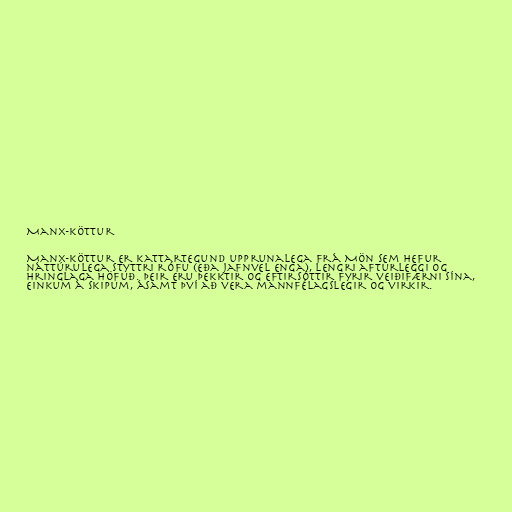
Manx-köttur

Manx-köttur er kattartegund upprunalega frá Mön sem hefur
náttúrulega styttri rófu (eða jafnvel enga), lengri afturleggi og
hringlaga höfuð. Þeir eru þekktir og eftirsóttir fyrir veiðifærni sína,
einkum á skipum, ásamt því að vera mannfélagslegir og virkir.